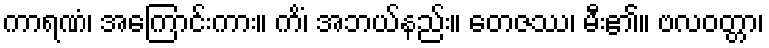
ကာရဏံ၊ အကြောင်းကား။ ကိံ၊ အဘယ်နည်း။ တေဇဿ၊ မီး၏။ ဗလဝတ္တာ၊